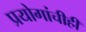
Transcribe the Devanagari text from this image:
प्रयोगांचीही